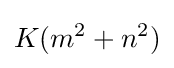
K(m^{2}+n^{2})